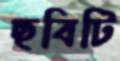
ছবিটি